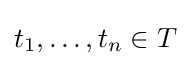
t_{1},\ldots ,t_{n}\in T